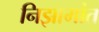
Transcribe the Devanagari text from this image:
निझामांत